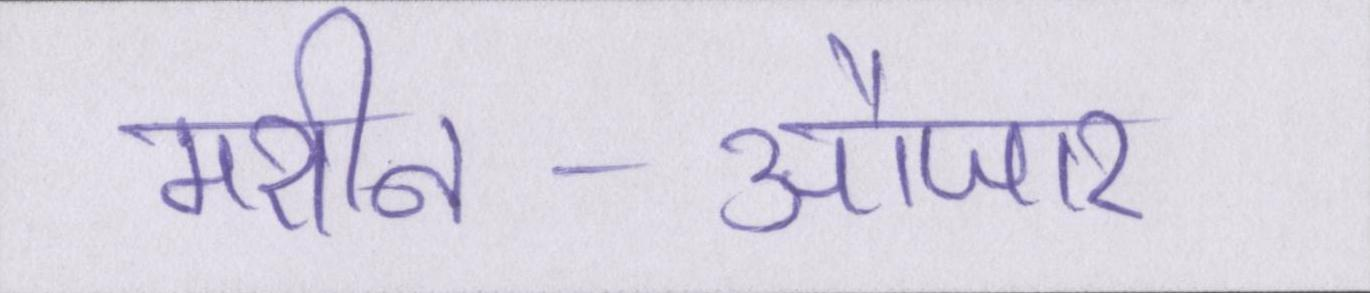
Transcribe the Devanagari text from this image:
मशीन-औजार